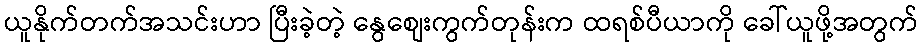
ယူနိုက်တက်အသင်းဟာ ပြီးခဲ့တဲ့ နွေစျေးကွက်တုန်းက ထရစ်ပီယာကို ခေါ်ယူဖို့အတွက်